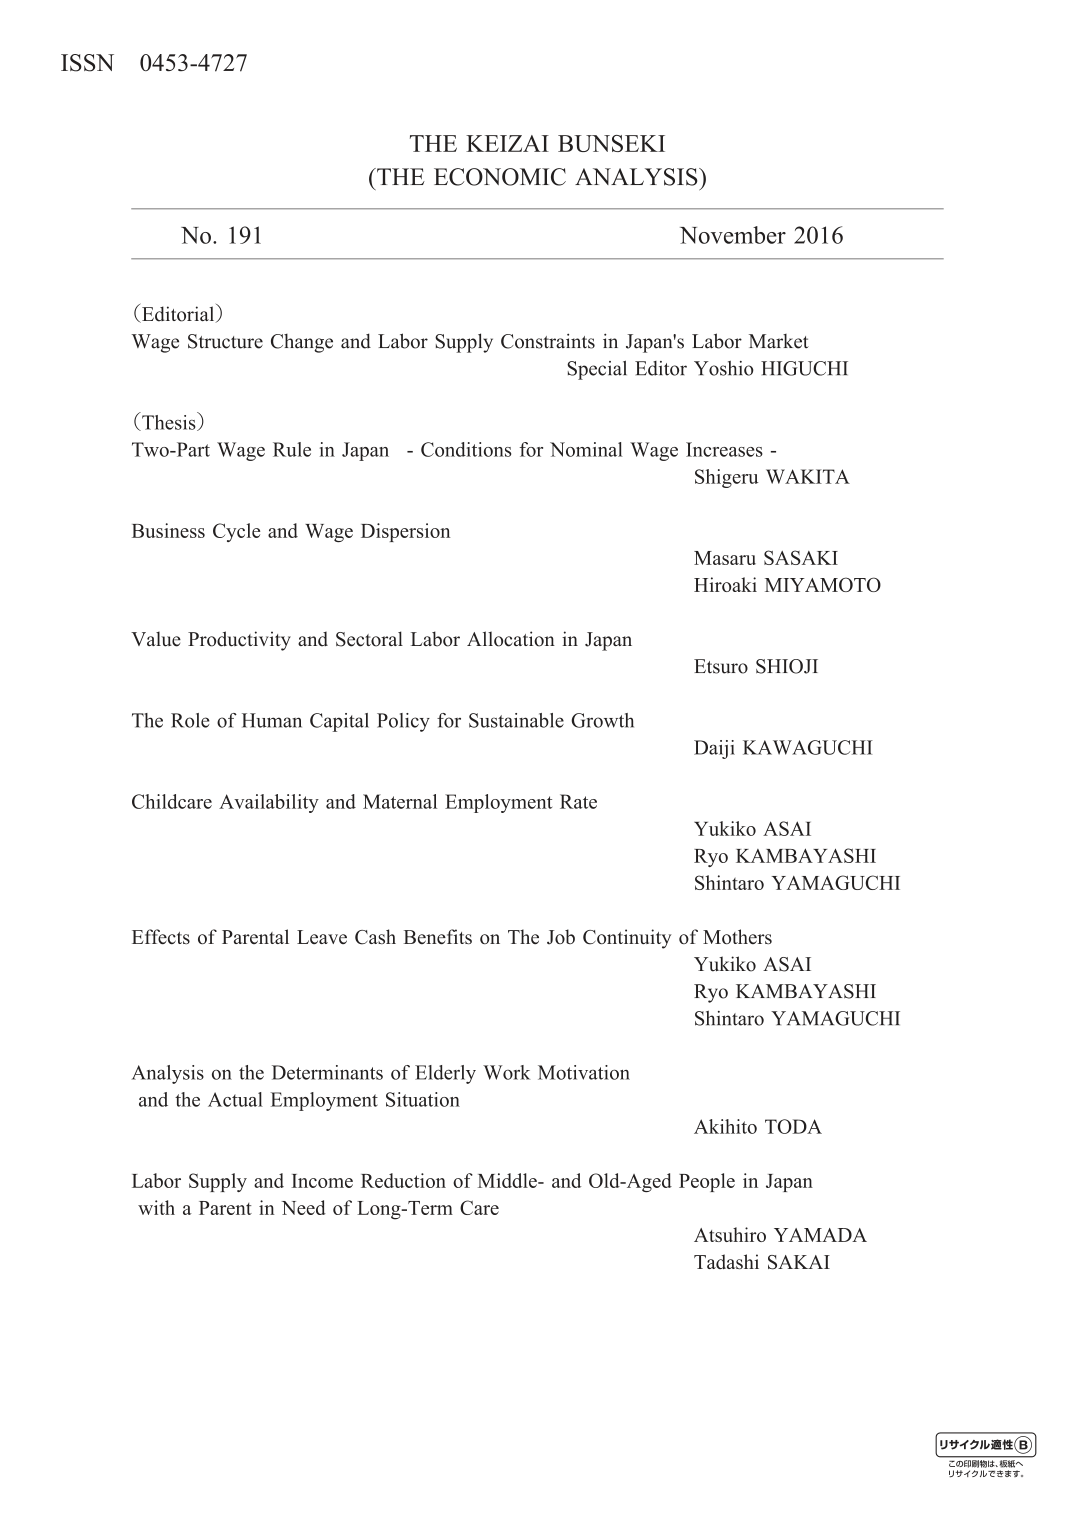
ISSN 0453-4727

THE KEIZAI BUNSEKI
(THE ECONOMIC ANALYSIS)

No. 191 November 2016

(Editorial)
Wage Structure Change and Labor Supply Constraints in Japan's Labor Market
Special Editor Yoshio HIGUCHI

(Thesis)
Two-Part Wage Rule in Japan - Conditions for Nominal Wage Increases -
Shigeru WAKITA

Business Cycle and Wage Dispersion
Masaru SASAKI
Hiroaki MIYAMOTO

Value Productivity and Sectoral Labor Allocation in Japan
Etsuro SHIOJI

The Role of Human Capital Policy for Sustainable Growth
Daiji KAWAGUCHI

Childcare Availability and Maternal Employment Rate
Yukiko ASAI
Ryo KAMBAYASHI
Shintaro YAMAGUCHI

Effects of Parental Leave Cash Benefits on The Job Continuity of Mothers
Yukiko ASAI
Ryo KAMBAYASHI
Shintaro YAMAGUCHI

Analysis on the Determinants of Elderly Work Motivation
and the Actual Employment Situation
Akihito TODA

Labor Supply and Income Reduction of Middle- and Old-Aged People in Japan
with a Parent in Need of Long-Term Care
Atsuhiro YAMADA
Tadashi SAKAI

リサイクル適性 B
この印刷物は、紙類へ
リサイクルできます。